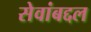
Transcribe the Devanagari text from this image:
सेवांबद्दल